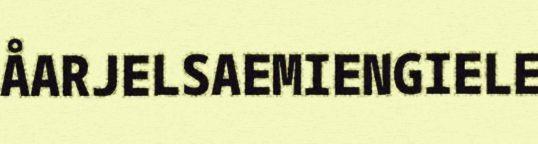
ÅARJELSAEMIENGIELE